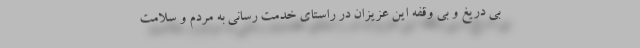
بی دریغ و بی وقفه این عزیزان در راستای خدمت رسانی به مردم و سلامت